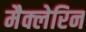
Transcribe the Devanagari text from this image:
मैक्लेरिन